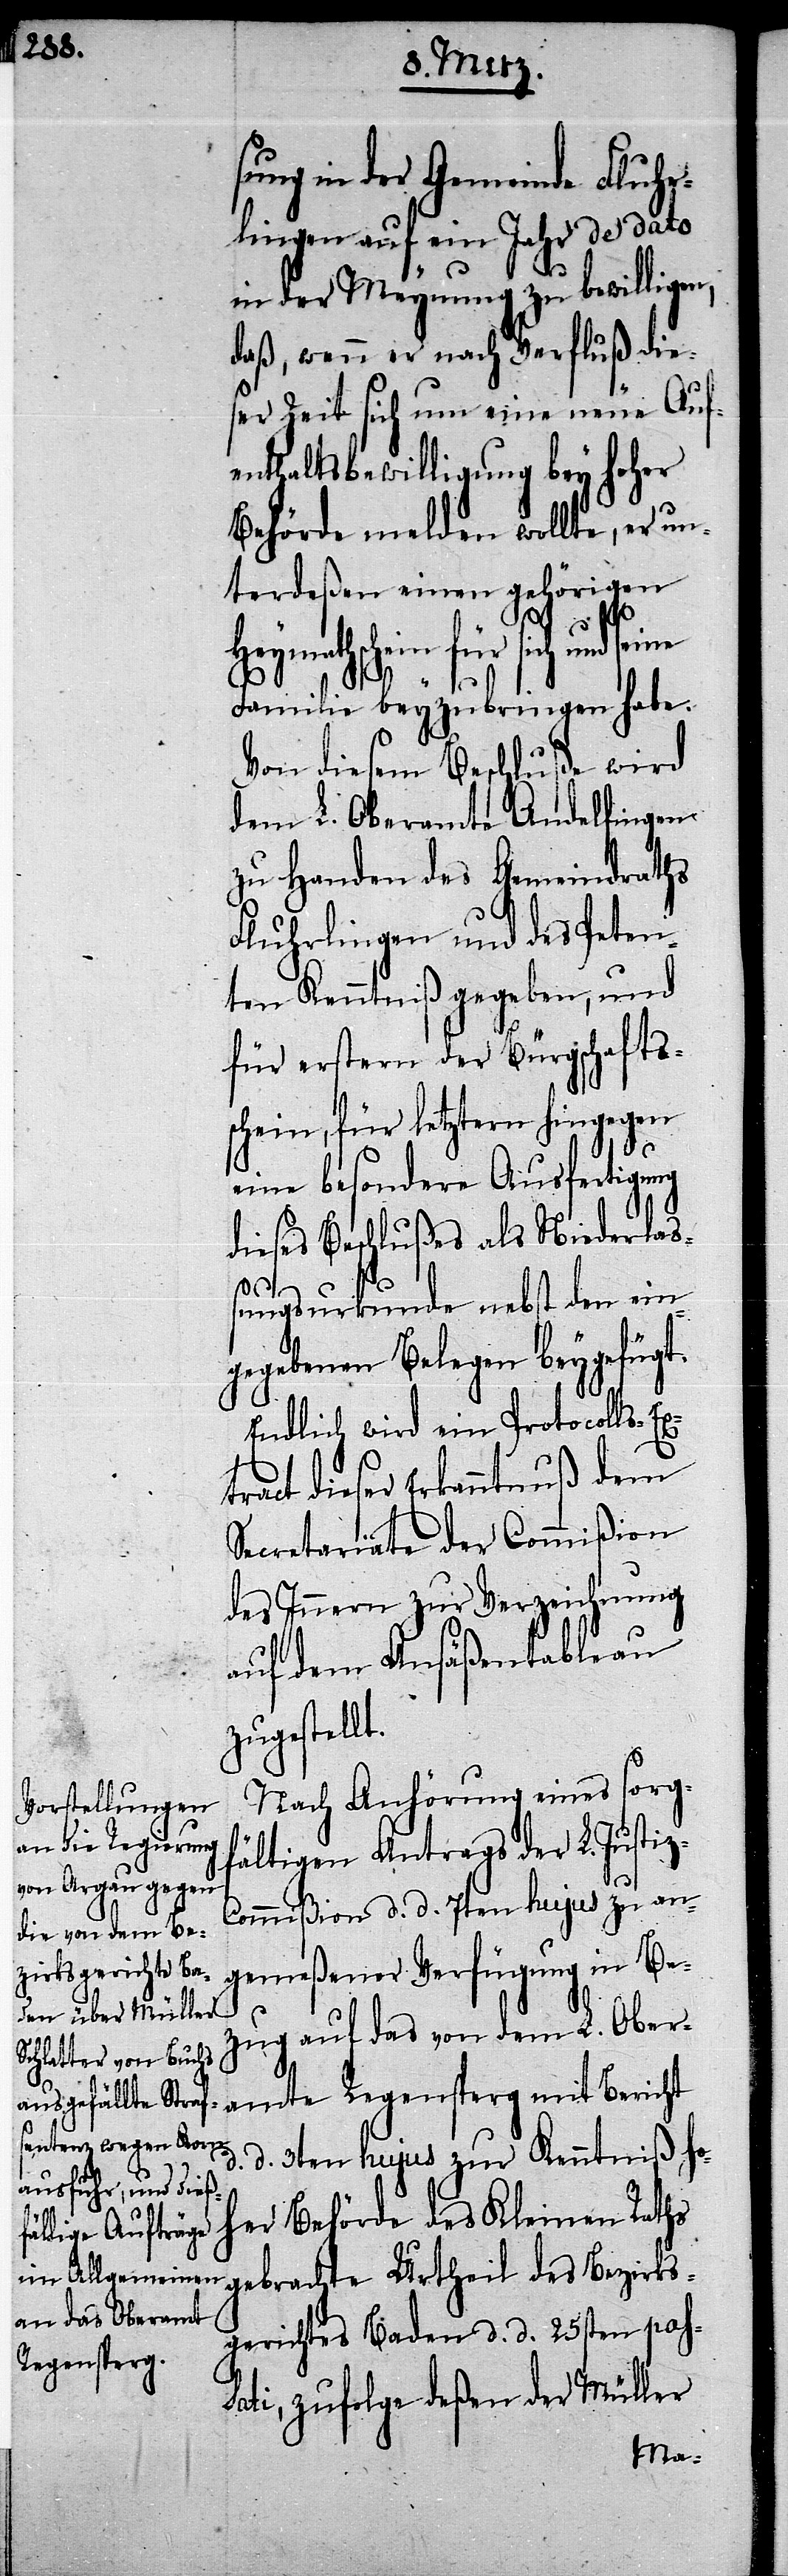
sung in der Gemeinde Fluhr¬
lingen auf ein Jahr de dato
in der Meynung zu bewilligen,
daß, wenn er nach Verfluß die¬
ser Zeit sich um eine neue Auf¬
enthaltsbewilligung bey hoher
Behörde melden wollte, er un¬
terdeßen einen gehörigen
für sich und seine
Familie beyzubringen habe.
Von diesem Beschluße wird
dem L. Oberamte Andelfingen
zu Handen des Gemeindraths
Fluhrlingen und des Peten¬
ten Kenntniß gegeben, und
für erstern der Bürgschafts¬
schein, für letztern hingegen
eine besondere Ausfertigung
dieses Beschlußes als Niederlaß¬
z-C¬
ungsurkunde nebst den ein¬
gegebenen Belegen beygefügt.
Endlich wird ein Protocolls-Ex¬
ract dieser Erkanntnuß dem
Secretariate der Commißion
des Innern zur Verzeichnung
auf dem Ansäßentableau
zugestel¬
Nach Anhörung eines sorgf¬
ältigen Antrags der L. Justi¬
ommißion d. d. 7ten hujus zu an¬
gemeßener Verfügung in Be¬
zug auf das von dem L. Ober¬
amte Regensperg mit Bericht
d. d. 3ten hujus zur Kenntniß ho¬
her Behörde des Kleinen Raths
gebrachte Urtheil des Bezirks¬
gerichtes Baden d. d. 25sten pas¬
sati, zufolge deßen der Müller